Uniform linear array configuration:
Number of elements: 48
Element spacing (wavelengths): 0.5
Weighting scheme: cosine
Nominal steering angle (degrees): -60
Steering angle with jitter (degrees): -59.516
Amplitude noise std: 0.05
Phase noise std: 0.05

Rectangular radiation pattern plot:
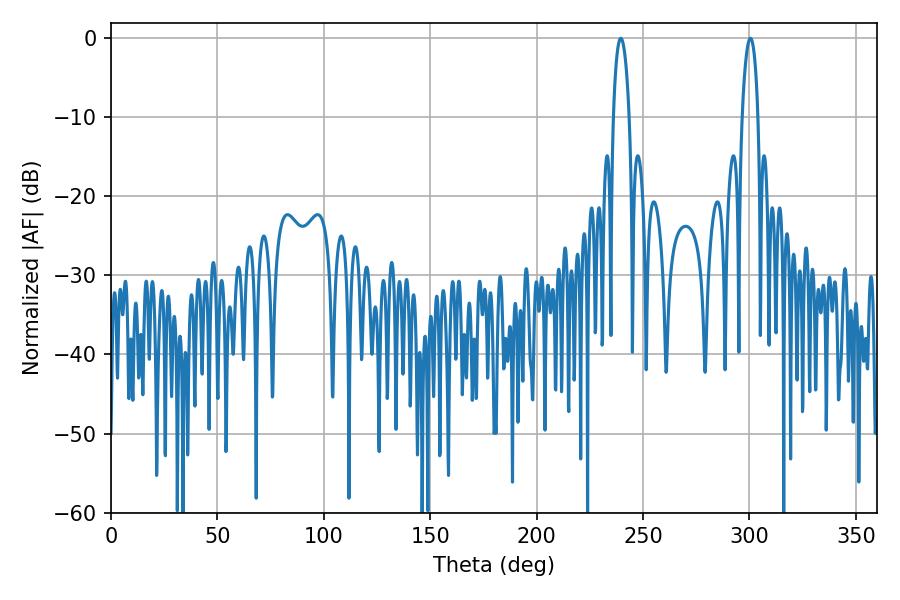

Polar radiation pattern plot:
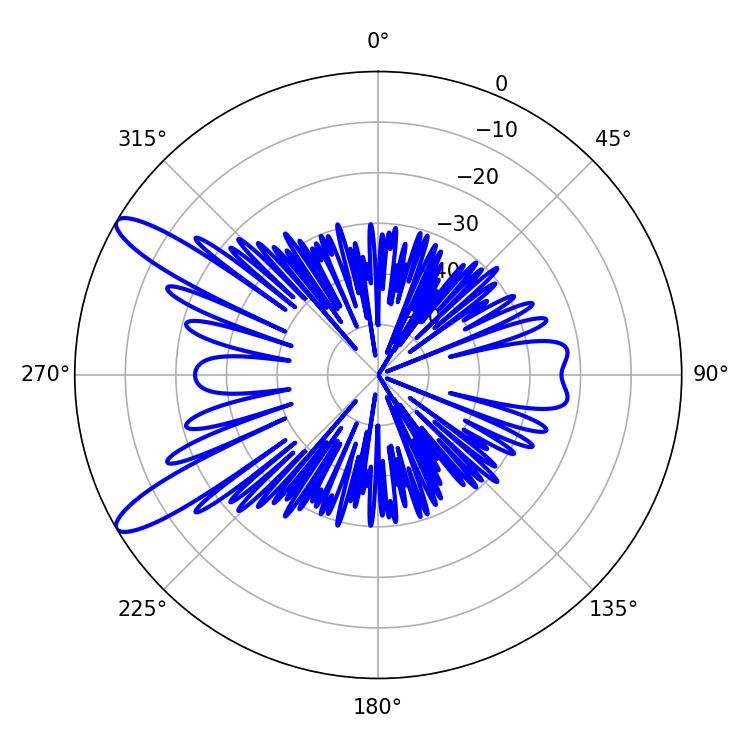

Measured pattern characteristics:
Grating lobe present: FALSE
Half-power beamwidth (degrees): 4.14
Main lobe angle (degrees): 300.42